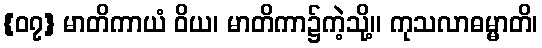
{၀၇} မာတိကာယံ ဝိယ၊ မာတိကာ၌ကဲ့သို့။ ကုသလာဓမ္မာတိ၊